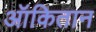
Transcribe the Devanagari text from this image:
ऑकितान